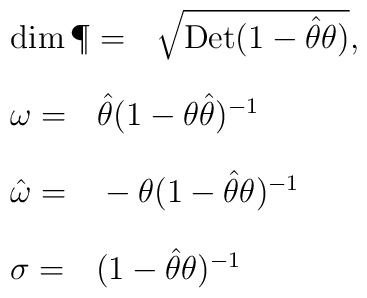
\begin{array}{l}\mbox{\rm dim}\,\P= ~~\sqrt{{\rm Det}(1 - \hat\theta\theta)},\\[12pt]\omega = ~~\hat\theta ( 1 - \theta\hat\theta)^{-1} \\[12pt]\hat{\omega} = ~~- \theta ( 1 - \hat\theta\theta)^{-1}\\[12pt]\sigma = ~~( 1 - \hat\theta\theta)^{-1}\\[12pt]\end{array}